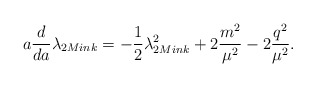
\begin{align*}a \frac{d}{da} \lambda_{2 Mink} = - \frac{1}{2}\lambda^2_{2 Mink} + 2\frac{m^2}{\mu^2}-2\frac{q^2}{\mu^2}.\end{align*}